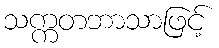
သက္ကတဘာသာဖြင့်